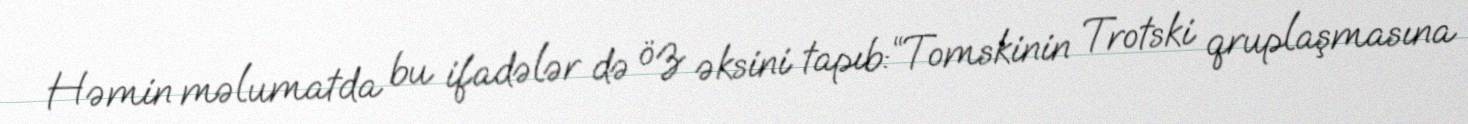
Həmin məlumatda bu ifadələr də öz əksini tapıb:“Tomskinin Trotski qruplaşmasına